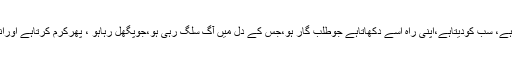
سب کچھ بن مانگے بھی دیتاہے، سب کودیتاہے،اپنی راہ اسے دکھاتاہے جوطلب گار ہو،جس کے دل میں آگ سلگ رہی ہو،جوپگھل رہاہو ، پھرکرم کرتاہے اوراندرکی آنکھ کوبینا کر دیتاہے۔